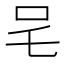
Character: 𭆿